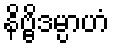
နိဗ္ဗိဒမ္ပာဟံ